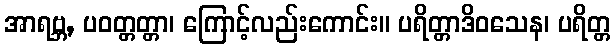
အာရဗ္ဘ, ပဝတ္တတ္တာ၊ ကြောင့်လည်းကောင်း။ ပရိတ္တာဒိဝသေန၊ ပရိတ္တ